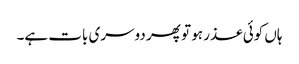
ہاں کوئی عذر ہو تو پھر دوسری بات ہے۔